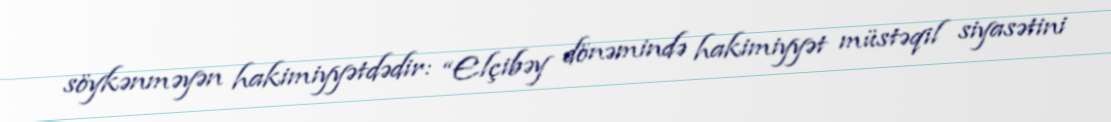
söykənməyən hakimiyyətdədir: “Elçibəy dönəmində hakimiyyət müstəqil siyasətini